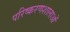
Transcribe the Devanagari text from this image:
परिष्करणशालाओं